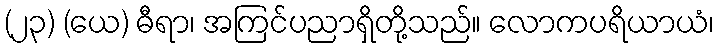
(၂၃) (ယေ) ဓီရာ၊ အကြင်ပညာရှိတို့သည်။ လောကပရိယာယံ၊